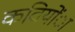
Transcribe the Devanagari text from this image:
कवियोंा